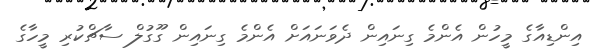
އިންޑިއާގެ މީހުން އެންމެ ގިނައިން ދެވަނައަށް އެންމެ ގިނައިން ގޫގުލް ސާޗްކުރި މީހާގެ